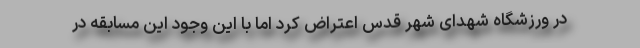
در ورزشگاه شهدای شهر قدس اعتراض کرد اما با این وجود این مسابقه در